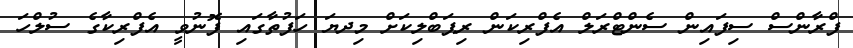
ފްރާންސް ސިފައިން ސެންޓްރަލް އެފްރިކަން ރިޕަބްލިކަށް މިިދޔަ ހަފުތާގައި ފޮނުވީ އެފްރިކާގެ ސުލްހަ